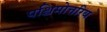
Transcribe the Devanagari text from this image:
पश्चिमोत्तरिय